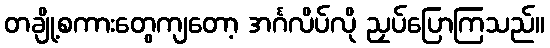
တချို့စကားတွေကျတော့ အင်္ဂလိပ်လို ညှပ်ပြောကြသည်။